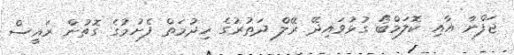
ޖަފްނާ އާއި ކޮލަމްބޯ ގުޅުވައިދޭ ރޭލް ދަތުރުގެ ޚިދުމަތް ފެށުމުގެ ގޮތުން ރައީސް